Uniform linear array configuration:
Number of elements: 8
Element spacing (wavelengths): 0.5
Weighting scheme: blackman
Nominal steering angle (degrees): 30
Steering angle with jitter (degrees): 29.74
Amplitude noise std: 0.05
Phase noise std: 0.05

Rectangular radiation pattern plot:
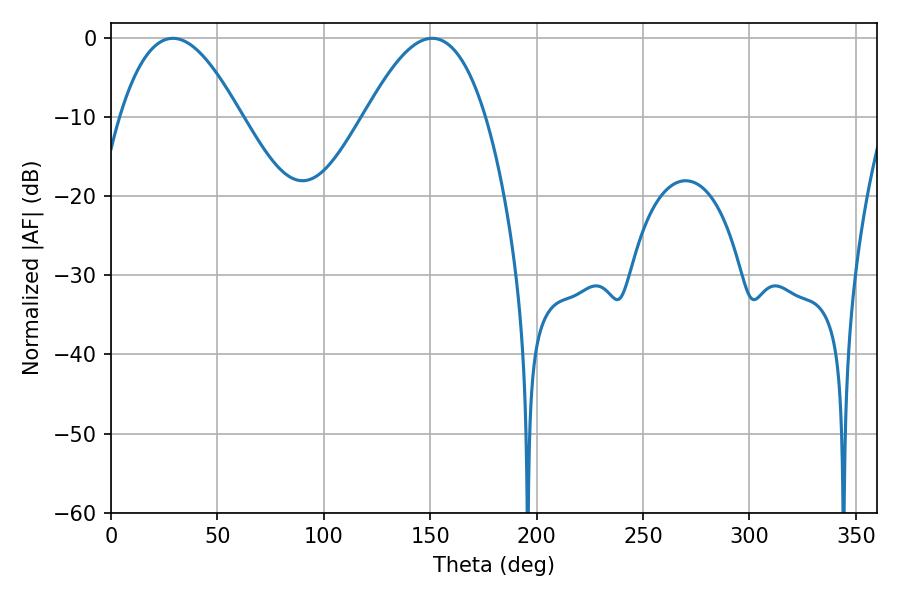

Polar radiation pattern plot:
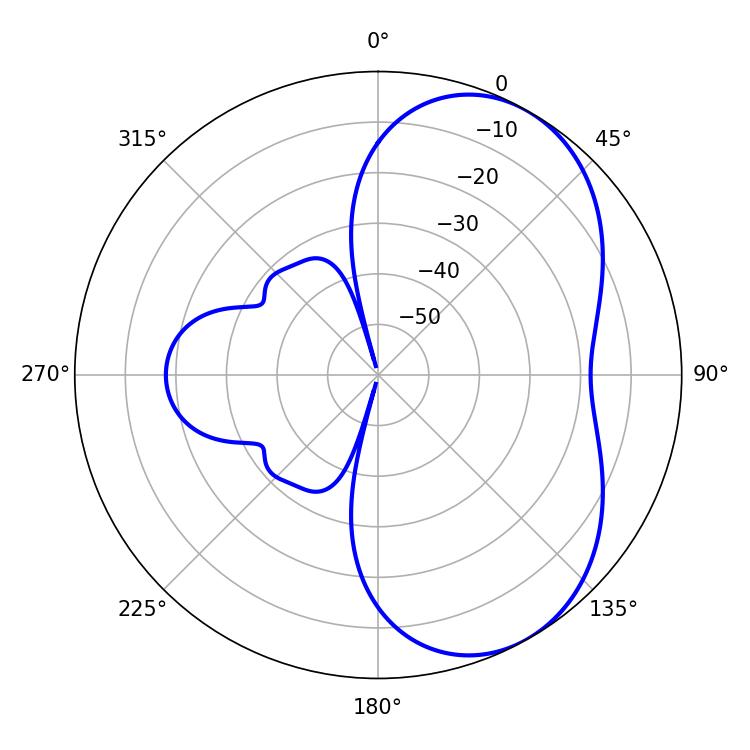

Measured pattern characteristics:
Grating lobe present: FALSE
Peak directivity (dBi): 5.246
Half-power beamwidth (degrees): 30.78
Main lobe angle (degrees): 29.16